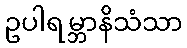
ဥပါရမ္ဘာနိသံသာ